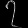
Digit: ၇